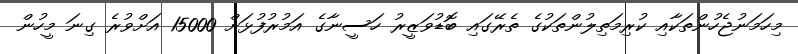
މިހަމަނުޖެހުންތަކާއި ކުރިމަތިލުންތަކުގެ ތެރޭގައި ބޮޑުވަޒީރު ހަސީނާގެ އަމުރުފުޅަށް 15000 އަށްވުރެ ގިނަ މީހުން